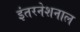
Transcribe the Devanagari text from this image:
इंतरनेशनाल